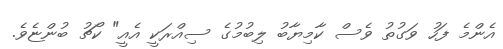
އެންމެ ފަހު ވަގުތު ވެސް ކާމިޔާބު ލިބުމުގެ ސިއްރަކީ އެއީ" ކޯޗު ބުންޏެވެ.